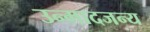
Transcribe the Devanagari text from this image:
उन्मादजन्य